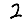
Digit: 2